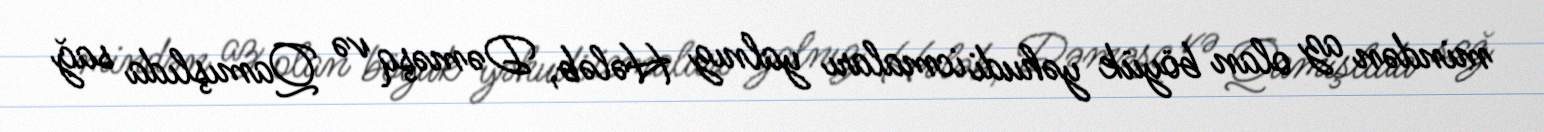
mindən az olan böyük yəhudi icmaları yalnız Hələb, Dəməşq və Qamışlıda sağ